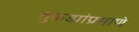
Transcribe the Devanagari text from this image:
तुकड्यांप्रमाणे